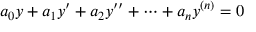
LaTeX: a _ { 0 } y + a _ { 1 } y ^ { \prime } + a _ { 2 } y ^ { \prime \prime } + \cdots + a _ { n } y ^ { ( n ) } = 0